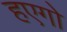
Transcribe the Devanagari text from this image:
हएगो